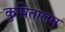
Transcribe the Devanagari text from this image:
कुष़ितालम्